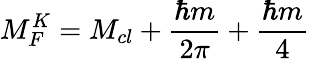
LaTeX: M_{F}^{K}=M_{cl}+\frac{\hbar m}{2\pi}+\frac{\hbar m}{4}